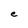
Character: e